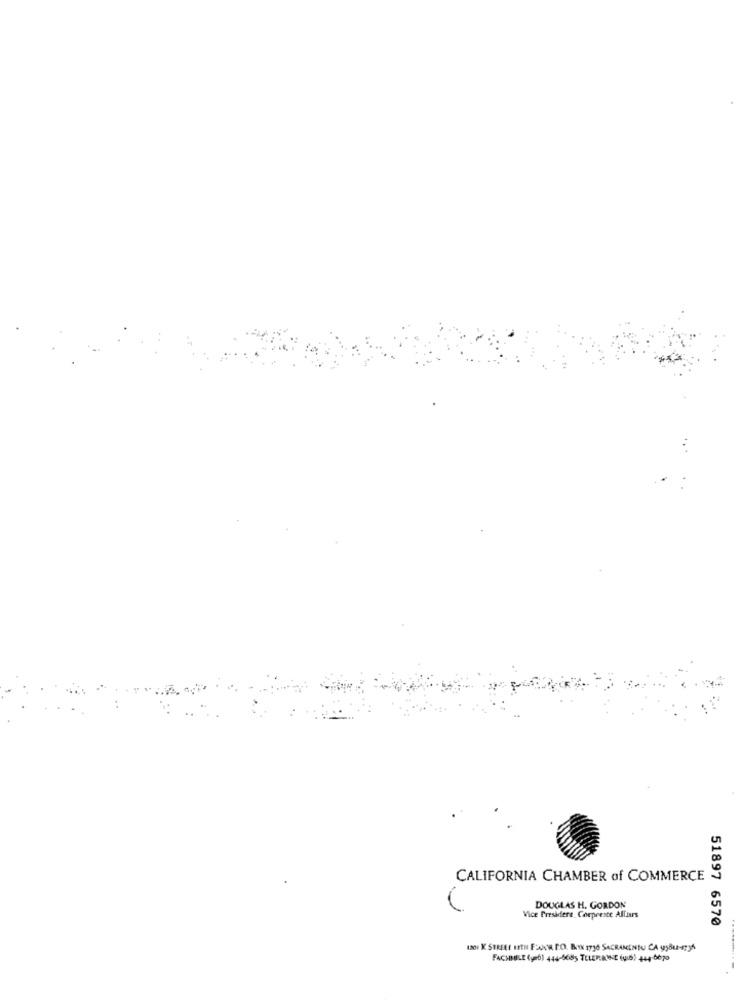
CALIFORNIA CHAMBER of COMMERCE
DOUGLAS H. GORDON
Vice President Corpreste Allis
51897 6570
1301 K STREET 12THI FAAR PO. BOX 1710 SACRAMENTO CA 9;Busy
FACHINELE (geb) 444-5685 TELEP:ANE (Uib) 444-6670